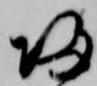
帰